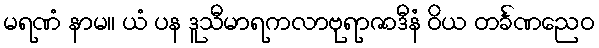
မရဏံ နာမ။ ယံ ပန ဒူသီမာရကလာဗုရာဇာဒီနံ ဝိယ တင်္ခဏညေဝ